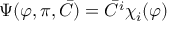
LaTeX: \Psi ( \varphi , \pi , { \bar { C } } ) = { \bar { C } } ^ { i } \chi _ { i } ( \varphi )